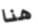
هنا